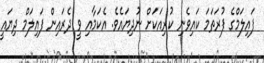
ފައިލަމްގެ ފުރަތަމަ ކައިވެނި ކުރިއަކަށް ނުދިޔައެވެ. އެކަމާއި ވީ ދެރައިން ފައިލަމް ދިޔައީ